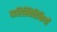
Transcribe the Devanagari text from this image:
पारिस्थितिकियों